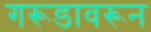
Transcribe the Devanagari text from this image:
गरूडावरून